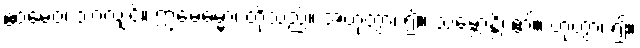
ဧဝမေဝ၊ သာလျှင်။ ဣမေဓမ္မာ၊ တို့သည်။ အဟုတွာ၊ ၍။ သမ္ဘောန္တိ၊ ၏။ ဟုတွာ၊ ၍။